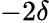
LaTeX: -2\delta